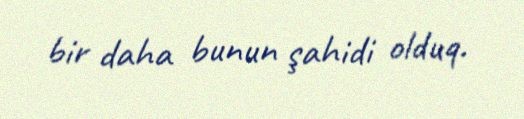
bir daha bunun şahidi olduq.